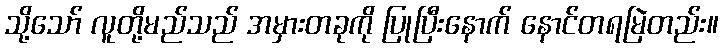
သို့သော် လူတို့မည်သည် အမှားတခုကို ပြုပြီးနောက် နောင်တရမြဲတည်း။